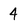
Character: 4